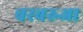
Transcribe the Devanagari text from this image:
बरबरुआ